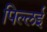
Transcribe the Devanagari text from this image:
पिल्‍लई